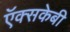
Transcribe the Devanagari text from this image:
ऍक्सकेबी